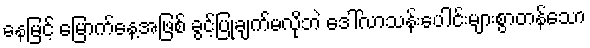
နေမြင့် မြောက်နေ့အဖြစ် ခွင့်ပြုချက်မလိုဘဲ ဒေါ်လာသန်းပေါင်းများစွာတန်သော